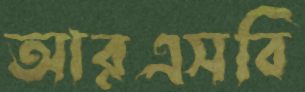
আরএসবি